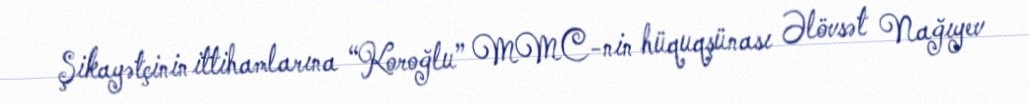
Şikayətçinin ittihamlarına “Koroğlu” MMC-nin hüquqşünası Əlövsət Nağıyev